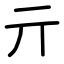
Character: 亓